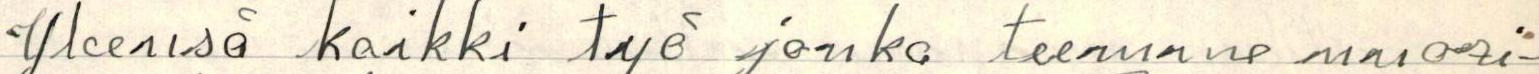
Yleensä kaikki työ jonka teemme nuori-